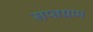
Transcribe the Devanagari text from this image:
सप्तग्राम